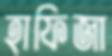
হাফিজা